Indian journal of veterinary science and animal husbandry - Volume 8,
Year: 1938
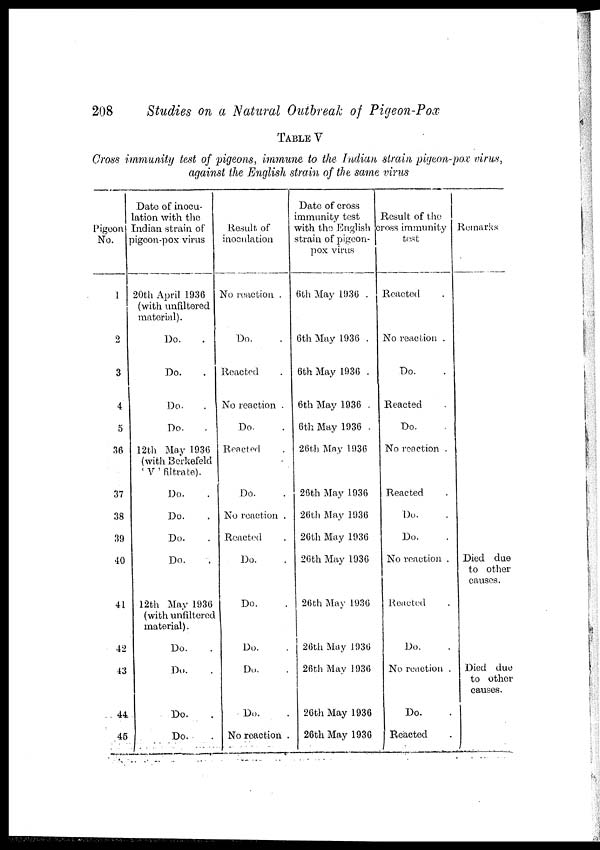
208
Studies on a Natural Outbreak of Pigeon-Pox
TABLE V
Cross immunity test of pigeons, immune to the Indian strain pigeon-pox virus,
against the English strain of the same virus
Pigeon
No.
1
2
3
4
5
36
37
38
39
40
41
42
43
44
45
Date of inocu-
lation with the
Indian strain of
pigeon-pox virus
20th April 1936
(with unfiltered
material).
Do. .
Do. .
Do. .
Do. .
12th May 1936
(with Berkefeld
' V ' filtrate).
Do. .
Do. .
Do. .
Do. .
12th May 1936
(with unfiltered
material).
Do. .
Do. .
Do. .
Do. .
Result of
inoculation
No reaction .
Do. .
Reacted .
No reaction .
Do. .
Reacted .
Do. .
No reaction .
Reacted
Do. .
Do. .
Do. .
Do. .
Do. .
No reaction .
Date of cross
immunity test
with the English
strain of pigeon-
pox virus
6th May 1936 .
6th May 1936 .
6th May 1936 .
6th May 1936 .
6th May 1936 .
26th May 1936
26th May 1936
26th May 1936
26th May 1936
26th May 1936
26th May 1936
26th May 1936
26th May 1936
26th May 1936
26th May 1936
Result of the
cross immunity
test
Reacted .
No reaction .
Do. .
Reacted .
Do. .
No reaction .
Reacted .
Do. .
Do. .
No reaction .
Reacted .
Do. .
No reaction .
Do. .
Reacted .
Remarks
Died due
to other
causes.
Died due
to other
causes.